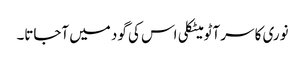
نوری کا سر آٹو میٹکلی اس کی گود میں آجاتا۔